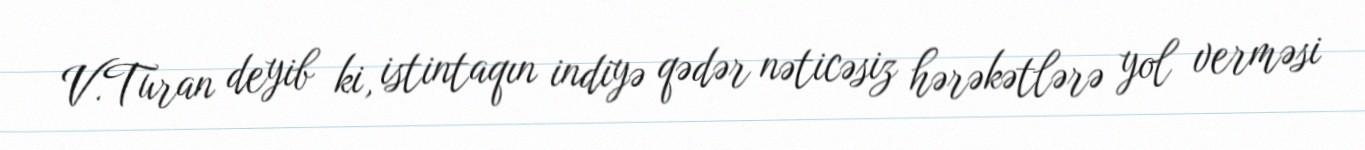
V.Turan deyib ki, istintaqın indiyə qədər nəticəsiz hərəkətlərə yol verməsi